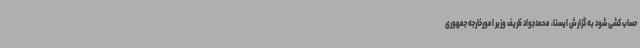
حساب کشی شود به گزارش ایسنا، محمدجواد ظریف وزیر امورخارجه جمهوری